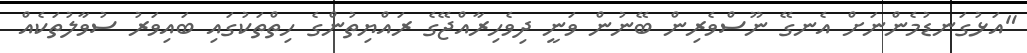
"އަޅުގަނޑުމެންނަށް އެނގޭ ނޫސްވެރިން ބޭނުން ވަނީ ދިވެހިރާއްޖޭގެ ރައްޔިތުންގެ ހިތްތަކުގައި ބައިވަރު ސުވާލުތަކެއް